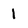
Character: 1